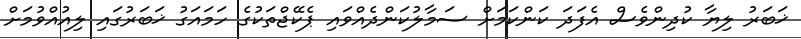
ޚަބަރު ލިޔާ ކުދިންވެސް އެފަދަ ކަންކަމަށް ސަމާލުކަންދެއްވައި ޕެކޭޖްތަކުގެ ހަމައަގު ޚަބަރުގައި ލިއުއްވުމަށް